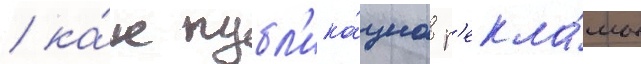
/ ка́к публ'ика́циа р'екла́мы